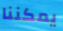
يمكننا